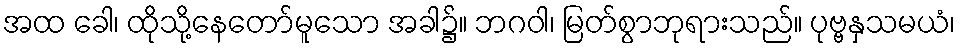
အထ ခေါ၊ ထိုသို့နေတော်မူသော အခါ၌။ ဘဂဝါ၊ မြတ်စွာဘုရားသည်။ ပုဗ္ဗနှသမယံ၊